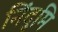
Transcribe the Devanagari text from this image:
निंदुमि